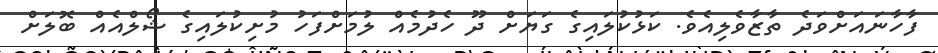
ފާހާނައަށްވަދެ ތާޒާވެލިއެވެ. ކަޅުކުލައިގެ ގަޔަށް ދޫ ހެދުމެއް ލުމަށްފަހު މުށިކުލައިގެ ޝޯލްއެއް ބޮލަށް